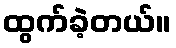
ထွက်ခဲ့တယ်။